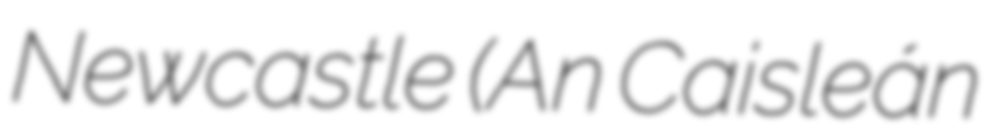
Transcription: Newcastle (An Caisleán